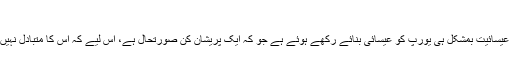
شامی بچے کی دل لرزا دینے والی تصویر
اس حوالے سے ہنگری کے وزیر اعظم کا کہنا تھا کہ یورپین عیسائیت بمشکل ہی یورپ کو عیسائی بنائے رکھے ہوئے ہے جو کہ ایک پریشان کن صورتحال ہے، اس لیے کہ اس کا متبادل نہیں ایسے میں سرحدوں کے دفاع کے علاوہ کوئی آپشن نہیں ہے۔